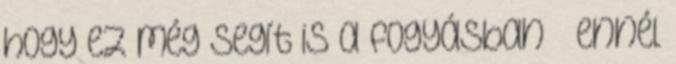
hogy ez még segít is a fogyásban – ennél